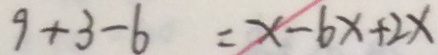
9 + 3 - 6 = x - 6 x + 2 x